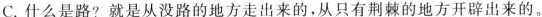
C.什么是路?就是从没路的地方走出来的，从只有荆棘的地方开辟出来的。